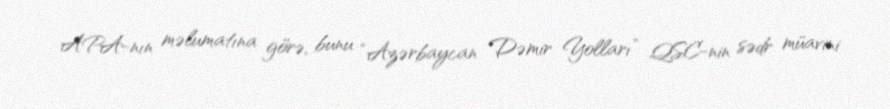
APA-nın məlumatına görə, bunu “Azərbaycan Dəmir Yolları” QSC-nin sədr müavini